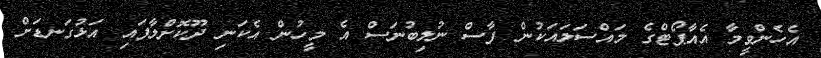
އެހެންވީމާ އެއާޕޯޓްގެ މައްސަލައަކުން ފާސް ނުލިބުނަސް އެ މީހުން އެކަނި ދޫކޮށްލާފައި އަޅުގަނޑަށް